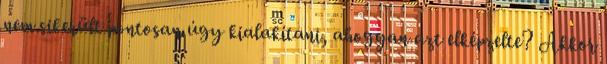
nem sikerült pontosan úgy kialakítani, ahogyan azt elképzelte? Akkor